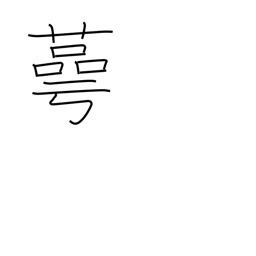
Meaning: cup